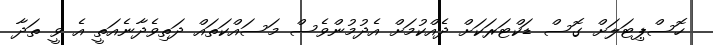
ހޮސްޕިޓަލަށް ގޮސް ޑަކްޓަރަކަށް ދެއްކުމަށް އެދުމުންވެސް މަސައްކަތައް ދަތިވެދާނެއަތީ އެ ވީ ތަދާ